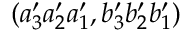
( a _ { 3 } ^ { \prime } a _ { 2 } ^ { \prime } a _ { 1 } ^ { \prime } , b _ { 3 } ^ { \prime } b _ { 2 } ^ { \prime } b _ { 1 } ^ { \prime } )